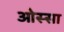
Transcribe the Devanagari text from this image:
ओस्सा